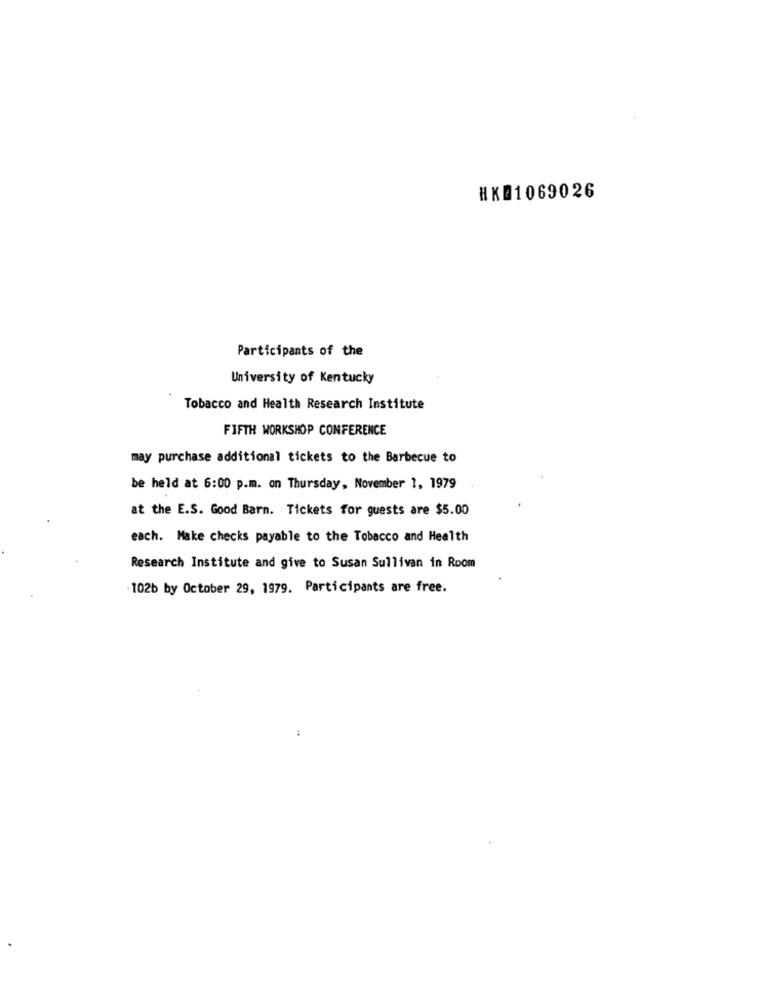
HKB1069026
Participants of the
University of Kentucky
Tobacco and Health Research Institute
FIFTH WORKSHOP CONFERENCE
may purchase additional tickets to the Barbecue to
be held at 6:00 p.m. on Thursday, November 1, 1979
at the E.S. Good Barn. Tickets for guests are $5.00
each. Make checks payable to the Tobacco and Health
Research Institute and give to Susan Sullivan in Room
-102b by October 29, 1979. Participants are free.